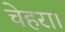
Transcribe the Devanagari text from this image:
चेहरा।